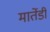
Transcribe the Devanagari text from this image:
मार्तेडी